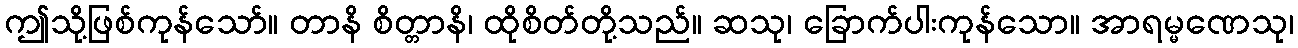
ဤသို့ဖြစ်ကုန်သော်။ တာနိ စိတ္တာနိ၊ ထိုစိတ်တို့သည်။ ဆသု၊ ခြောက်ပါးကုန်သော။ အာရမ္မဏေသု၊